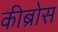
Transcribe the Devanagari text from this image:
कीब्रोस